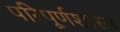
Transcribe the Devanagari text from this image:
परिपूर्णशास्त्र